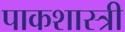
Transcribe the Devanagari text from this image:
पाकशास्त्री